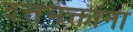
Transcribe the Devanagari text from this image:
दत्तभक्तांना